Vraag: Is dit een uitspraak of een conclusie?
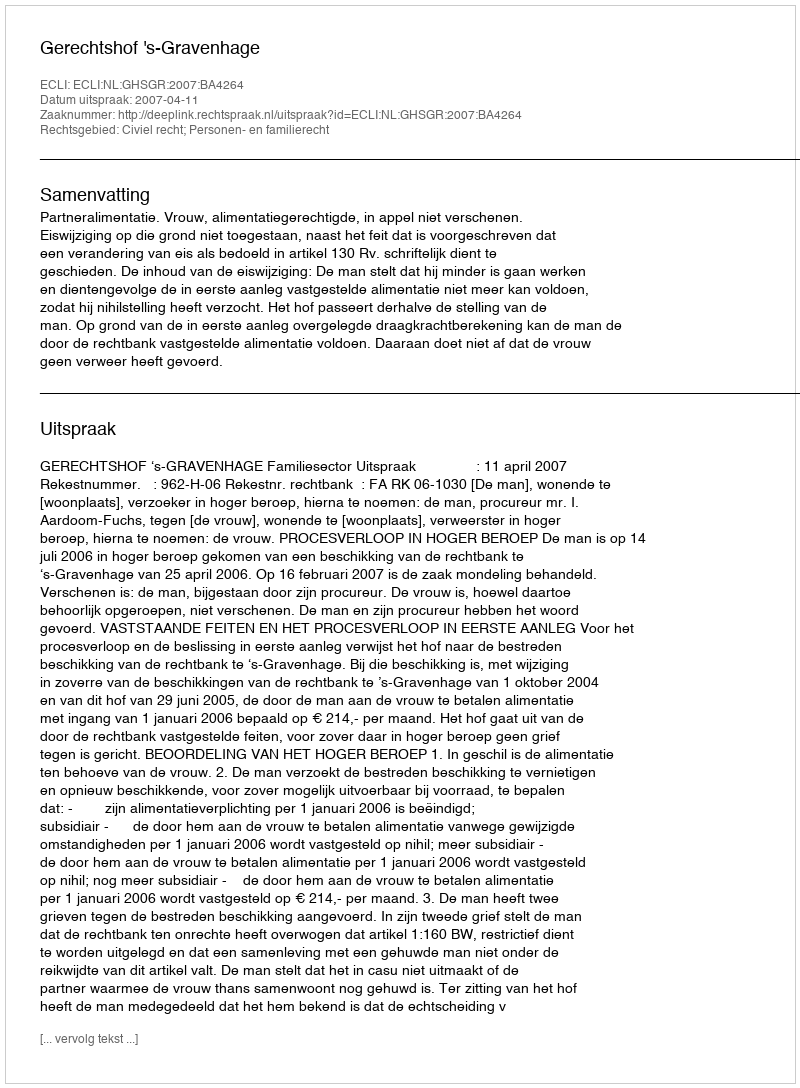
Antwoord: Uitspraak